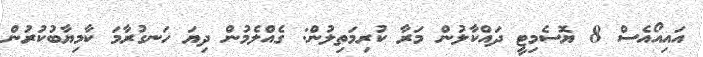
އައިއޯއެސް 8 ޔޮސެމިޓީ ދައްކާލުން މަރާ ކުރިމަތިލުން: ގެއްލެމުން ދިޔަ ހަނގުރާމަ ކާމިޔާބުކުރުން